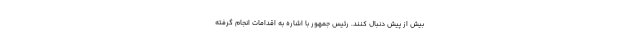
بیش از پیش دنبال کنند. رئیس جمهور با اشاره به اقدامات انجام گرفته